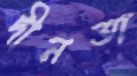
দীনতা